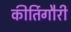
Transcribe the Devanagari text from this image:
कीर्तिगौरी